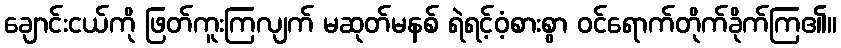
ချောင်းငယ်ကို ဖြတ်ကူးကြလျက် မဆုတ်မနစ် ရဲရင့်ဝံ့စားစွာ ဝင်ရောက်တိုက်ခိုက်ကြ၏။